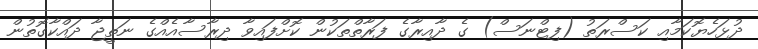
ދުޅަހެޔޮކަމާއި ކަސްރަތު (ފިޓްނަސް) ގެ ދާއިރާގެ ފަރާތްތަކުން ކޮށްފައިވާ ދިރާސާއެއްގެ ނަތީޖާ ދައްކާގޮތުން